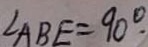
\angle A B E = 9 0 ^ { \circ }